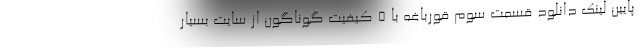
پایین لینک دانلود قسمت سوم قورباغه با 5 کیفیت گوناگون از سایت بسیار